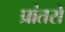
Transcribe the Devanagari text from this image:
प्रांतरों